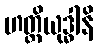
ဟတ္ထိယုဒ္ဓါနိ